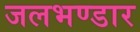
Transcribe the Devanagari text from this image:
जलभण्डार